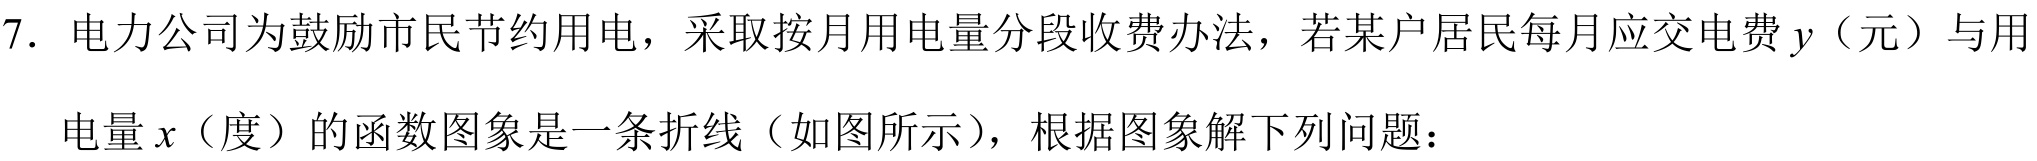
7. 电力公司为鼓励市民节约用电，采取按月用电量分段收费办法，若某户居民每月应交电费$y$（元）与用电量$x$（度）的函数图象是一条折线（如图所示），根据图象解下列问题：